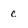
Character: c